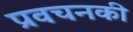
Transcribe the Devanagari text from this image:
प्रवचनकी